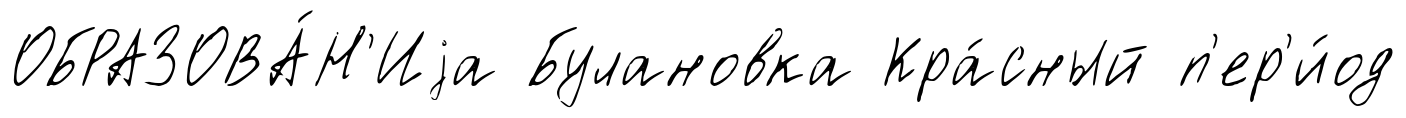
ОБРАЗОВА́Н'Иjа Булановка Кра́сный п'ер'и́од